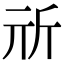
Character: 𣂕